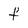
Character: f